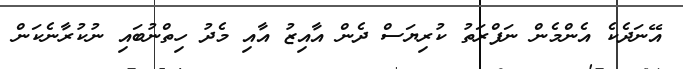
އޭނަދެކެ އެންމެން ނަފްރަތު ކުރިޔަސް ދެން އާއިޒު އާއި މެދު ހިތްނުބައި ނުކުރާނެކަން